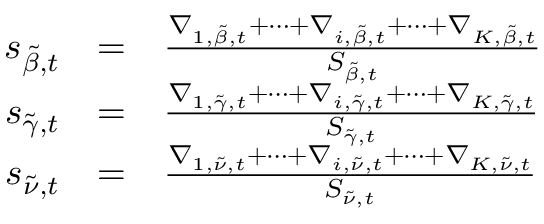
\begin{array} { r c l } { s _ { \tilde { \beta } , t } } & { = } & { \frac { \nabla _ { 1 , \tilde { \beta } , t } + \dots + \nabla _ { i , \tilde { \beta } , t } + \dots + \nabla _ { K , \tilde { \beta } , t } } { S _ { \tilde { \beta } , t } } } \\ { s _ { \tilde { \gamma } , t } } & { = } & { \frac { \nabla _ { 1 , \tilde { \gamma } , t } + \dots + \nabla _ { i , \tilde { \gamma } , t } + \dots + \nabla _ { K , \tilde { \gamma } , t } } { S _ { \tilde { \gamma } , t } } } \\ { s _ { \tilde { \nu } , t } } & { = } & { \frac { \nabla _ { 1 , \tilde { \nu } , t } + \dots + \nabla _ { i , \tilde { \nu } , t } + \dots + \nabla _ { K , \tilde { \nu } , t } } { S _ { \tilde { \nu } , t } } } \end{array}